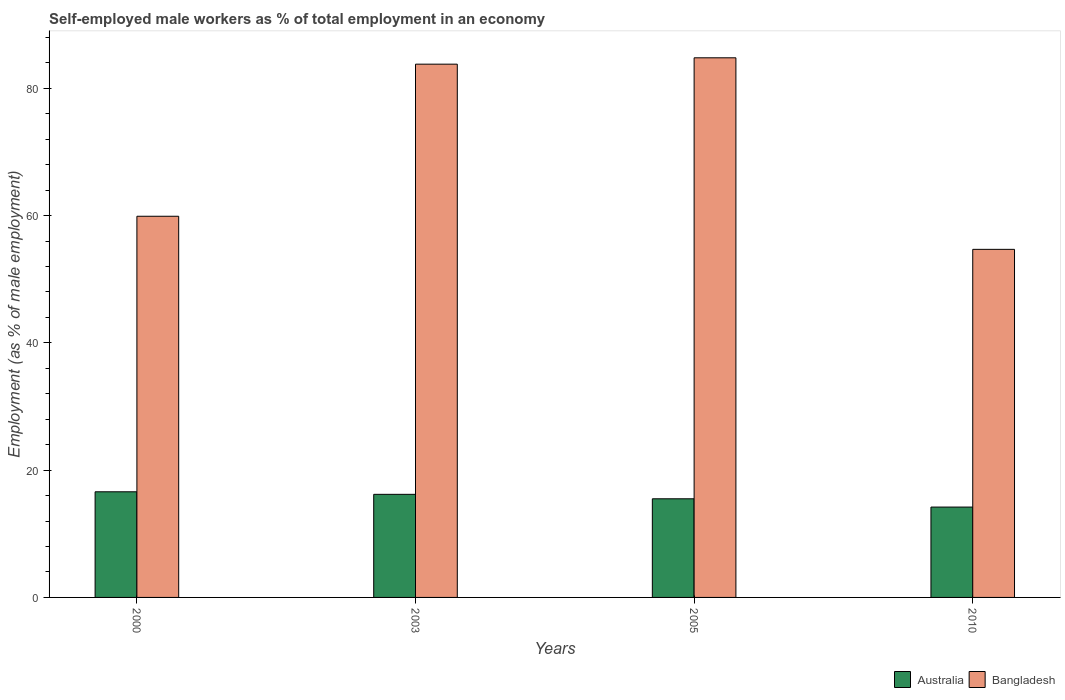
| Years | Australia | Bangladesh |
 | --- | --- | --- |
 | 2000 | 16.6 | 59.9 |
 | 2003 | 16.2 | 83.8 |
 | 2005 | 15.5 | 84.8 |
 | 2010 | 14.2 | 54.7 |